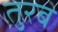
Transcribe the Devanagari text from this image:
तुरब